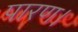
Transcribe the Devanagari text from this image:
पारण।